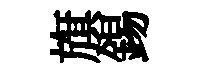
旗錫